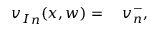
\begin{array} { r l } { { v _ { I } } _ { n } ( x , w ) = { } } & { { } v _ { n } ^ { - } , } \end{array}